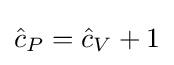
{\hat {c}}_{P}={\hat {c}}_{V}+1